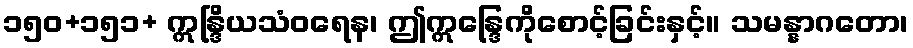
၁၅၀+၁၅၁+ ဣန္ဒြိယသံဝရေန၊ ဤဣန္ဒြေကိုစောင့်ခြင်းနှင့်။ သမန္နာဂတော၊